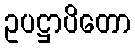
ဥပဋ္ဌာပိတော